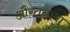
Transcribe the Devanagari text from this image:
औरतनामा